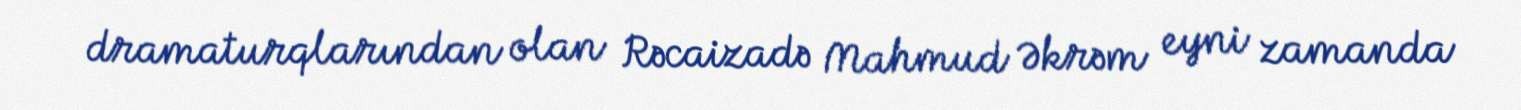
dramaturqlarından olan Rəcaizadə Mahmud Əkrəm eyni zamanda